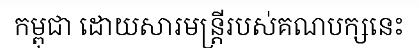
កម្ពុជា ដោយសារមន្ត្រីរបស់គណបក្សនេះ